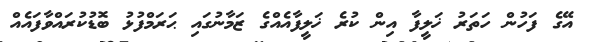
އޭގެ ފަހުން ހަތަރު ޚަލީފާ އިން ކުރެ ޚަލީފާއެއްގެ ޒަމާނުގައި ޙަރަމްފުޅު ބޮޑުކުރައްވާފައެއް